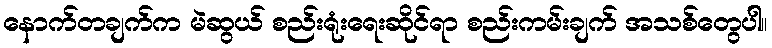
နောက်တချက်က မဲဆွယ် စည်းရုံးရေးဆိုင်ရာ စည်းကမ်းချက် အသစ်တွေပါ။